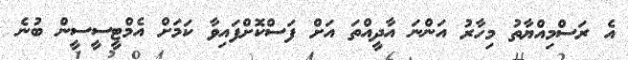
އެ ރަސްމިއްޔާތު މިހާރު އަންނަ އާދީއްތަ އަށް ފަސްކޮށްފައިވާ ކަމަށް އެމްޓީސީސީން ބުނެ